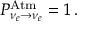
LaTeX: P _ { \nu _ { e } \to \nu _ { e } } ^ { \mathrm { A t m } } = 1 \, .